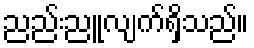
ညည်းညူလျက်ရှိသည်။